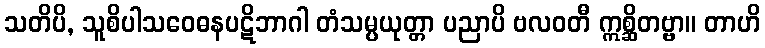
သတိပိ, သူစိပါသဝေဓနပဋိဘာဂါ တံသမ္ပယုတ္တာ ပညာပိ ဗလဝတီ ဣစ္ဆိတဗ္ဗာ။ တာဟိ